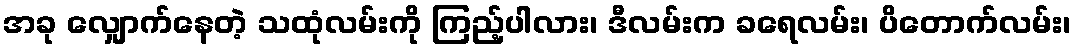
အခု လျှောက်နေတဲ့ သထုံလမ်းကို ကြည့်ပါလား၊ ဒီလမ်းက ခရေလမ်း၊ ပိတောက်လမ်း၊